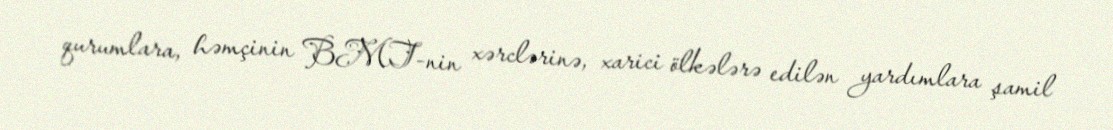
qurumlara, həmçinin BMT-nin xərclərinə, xarici ölkələrə edilən yardımlara şamil